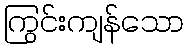
ကြွင်းကျန်သော